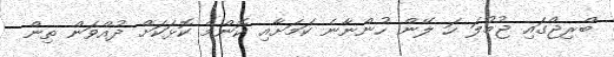
ބްރިޖްގައި ޖުމުލަ ހަ ލޭން ހުންނާނެ ކަމަށާއި ކޮންމެ ކޮޅަކަށް ދުއްވަން ތިން